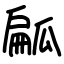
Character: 㼐